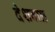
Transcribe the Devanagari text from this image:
देशवाळ